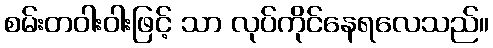
စမ်းတဝါးဝါးဖြင့် သာ လုပ်ကိုင်နေရလေသည်။